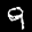
Label: 9